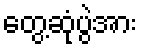
တွေ့ဆုံပွဲအား